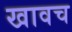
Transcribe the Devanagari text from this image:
खावच